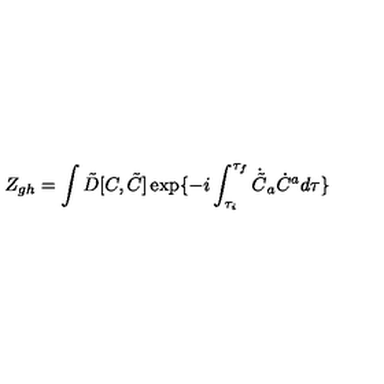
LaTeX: Z _ { g h } = \int \tilde { D } [ C , \tilde { C } ] \exp \{ - i \int _ { \tau _ { i } } ^ { \tau _ { f } } { } \dot { \tilde { C } } _ { a } \dot { C } ^ { a } { } d \tau \}